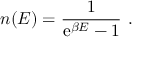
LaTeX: n ( E ) = \frac { 1 } { \mathrm { e } ^ { \beta E } - 1 } \ .